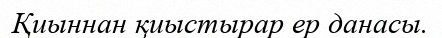
Қиыннан қиыстырар ер данасы.